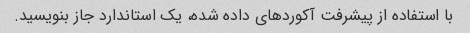
با استفاده از پیشرفت آکوردهای داده شده، یک استاندارد جاز بنویسید.